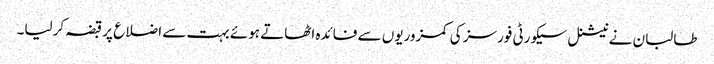
طالبان نے نیشنل سیکورٹی فورسز کی کمزوریوں سے فائدہ اٹھاتے ہوئے بہت سے اضلاع پر قبضہ کرلیا۔